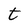
Character: t